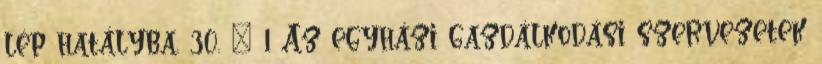
lép hatályba. 30. § 1 Az egyházi gazdálkodási szervezetek